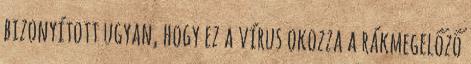
bizonyított ugyan, hogy ez a vírus okozza a rákmegelőző